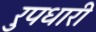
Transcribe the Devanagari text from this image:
रुपधारी